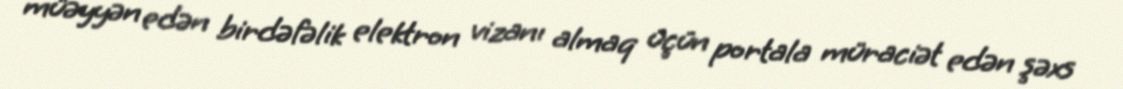
müəyyən edən birdəfəlik elektron vizanı almaq üçün portala müraciət edən şəxs